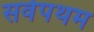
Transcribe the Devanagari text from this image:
सर्वपथम